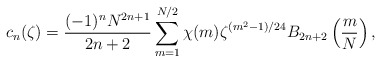
\begin{align*}c_n(\zeta) = \frac{(-1)^nN^{2n+1}}{2n+2}\sum_{m=1}^{N/2} \chi(m)\zeta^{(m^2-1)/24}B_{2n+2}\left( \frac{m}{N} \right),\end{align*}